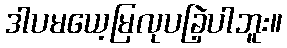
ဒါပမယေ့မြလုပခြဲ့ပါဘူး။